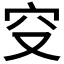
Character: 𥤦